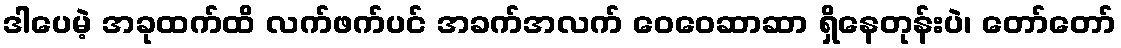
ဒါပေမဲ့ အခုထက်ထိ လက်ဖက်ပင် အခက်အလက် ဝေဝေဆာဆာ ရှိနေတုန်းပဲ၊ တော်တော်